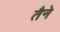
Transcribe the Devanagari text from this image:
तैने